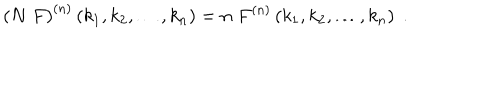
\left( N \; F \right) ^ { ( n ) } \left( k _ { 1 } , k _ { 2 } , \ldots , k _ { n } \right) = n \; F ^ { ( n ) } \left( k _ { 1 } , k _ { 2 } , \ldots , k _ { n } \right) \; .